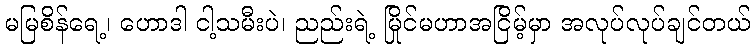
မမြစိန်ရေ့၊ ဟောဒါ ငါ့သမီးပဲ၊ ညည်းရဲ့ မြိုင်မဟာအငြိမ့်မှာ အလုပ်လုပ်ချင်တယ်